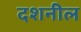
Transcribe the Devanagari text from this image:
दशनील